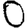
Digit: 0